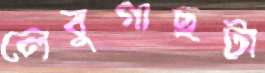
লেবুগাছটা